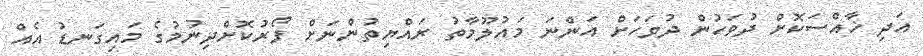
އަދި ޚާއްސަކޮށް ދުވަހުން ދުވަހަށް އަންނަ މައުލޫމާތު ރައްޔިތުންނަށް ފޯރުކޮށްދިނުމުގެ މައިގަނޑު އެއް